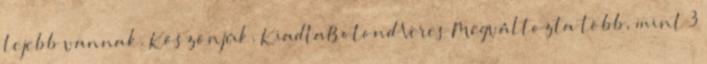
lejebb vannak. Köszönjük. KiadtaBotond Veres Megváltozta több, mint 3